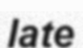
late